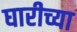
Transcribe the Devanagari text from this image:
घारीच्या